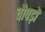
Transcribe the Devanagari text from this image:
चौपड़ों